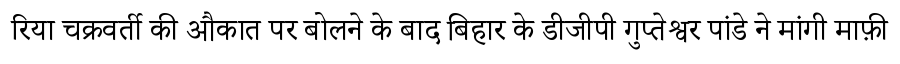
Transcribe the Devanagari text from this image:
रिया चक्रवर्ती की औकात पर बोलने के बाद बिहार के डीजीपी गुप्तेश्वर पांडे ने मांगी माफ़ी